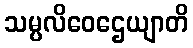
သမ္ပလိဝေဌေယျာတိ